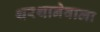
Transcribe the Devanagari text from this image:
थरथानेवाला